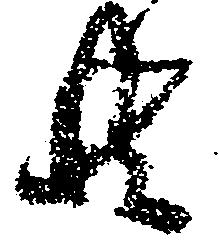
共